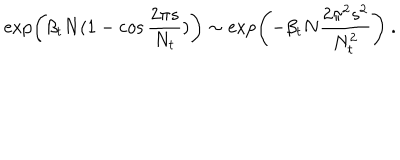
\exp \left( \beta _ { t } N ( 1 - \cos { \frac { 2 \pi s } { N _ { t } } } ) \right) \sim \exp \left( - \beta _ { t } N { \frac { 2 \pi ^ { 2 } s ^ { 2 } } { N _ { t } ^ { 2 } } } \right) ~ .